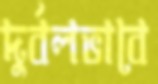
দুর্বলভাবে